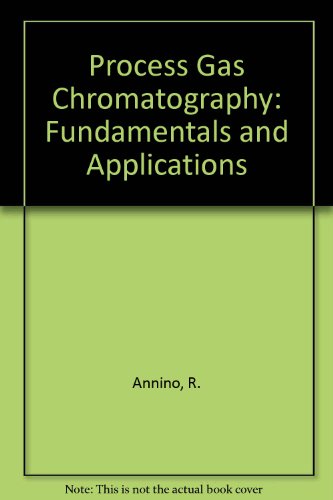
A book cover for Process Gas Chromatography: Fundamentals and Applications; Raymond Annino; Science & Math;